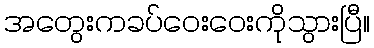
အတွေးကခပ်ဝေးဝေးကိုသွားပြီ။